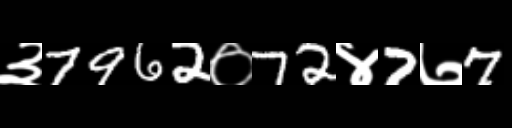
Text: ३7962०72४7७7